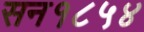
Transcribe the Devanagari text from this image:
सन१८५४